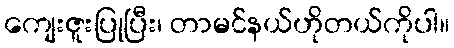
ကျေးဇူးပြုပြီး၊ တာမင်နယ်ဟိုတယ်ကိုပါ။